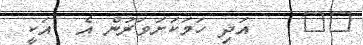
٥١    އަދި ހަމަކަށަވަރުން އެ  އަކީ